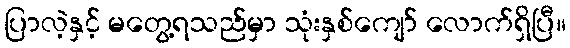
ပြာလဲ့နှင့် မတွေ့ရသည်မှာ သုံးနှစ်ကျော် လောက်ရှိပြီ။